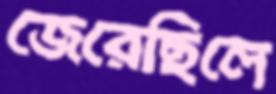
জেরেছিলে